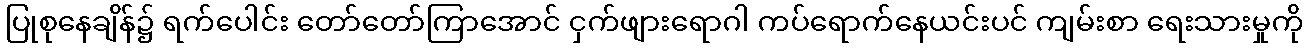
ပြုစုနေချိန်၌ ရက်ပေါင်း တော်တော်ကြာအောင် ငှက်ဖျားရောဂါ ကပ်ရောက်နေယင်းပင် ကျမ်းစာ ရေးသားမှုကို